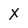
Character: X